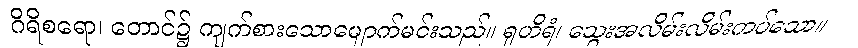
ဂိရိစရော၊ တောင်၌ ကျက်စားသောမျောက်မင်းသည်။ ရုဟိရံ၊ သွေးအလိမ်းလိမ်းကပ်သော။